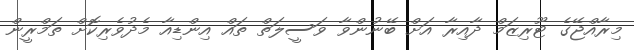
މިރާއްޖޭގެ ޓޫރިޒަމް ދާއިރާ އަށް ބޭނުންވާ ވަސީލަތް ތައް އިންޑިއާ މެދުވެރިކޮށް ތަމްރީން